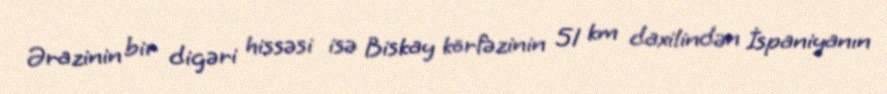
Ərazinin bir digəri hissəsi isə Biskay körfəzinin 51 km daxilindən İspaniyanın